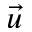
\vec { u }